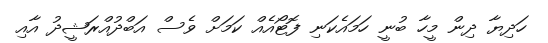
ހަދިޔާ ދިން މީހާ ބުނީ ހަމައެކަނި ފޮޓޯއެއް ކަމަށް ވެސް އަބްދުއްރަޝީދު އާއި